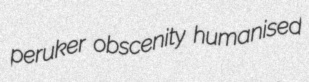
peruker obscenity humanised